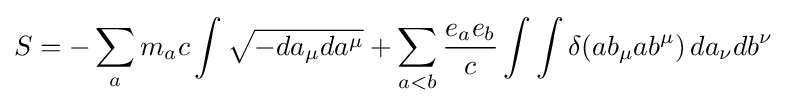
S=-\sum _{a}m_{a}c\int {\sqrt {-da_{\mu }da^{\mu }}}+\sum _{a<b}{\frac {e_{a}e_{b}}{c}}\int \int \delta (ab_{\mu }ab^{\mu })\,da_{\nu }db^{\nu }